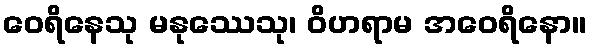
ဝေရိနေသု မနုဿေသု၊ ဝိဟရာမ အဝေရိနော။